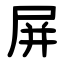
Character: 屏